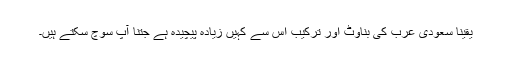
یقیناً سعودى عرب کى بناوٹ اور ترکیب اس سے کہیں زیاده پیچیده ہے جتنا آپ سوچ سکتے ہیں۔